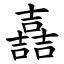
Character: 嚞